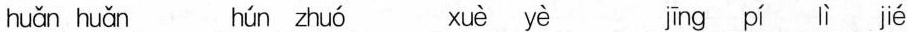
huǎn huǎn hún zhuó xuè yè jīng pí lì jié